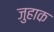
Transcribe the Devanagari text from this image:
जुहाक